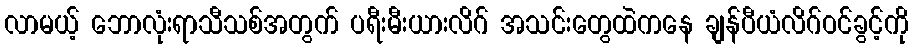
လာမယ့် ဘောလုံးရာသီသစ်အတွက် ပရီးမီးယားလိဂ် အသင်းတွေထဲကနေ ချန်ပီယံလိဂ်ဝင်ခွင့်ကို